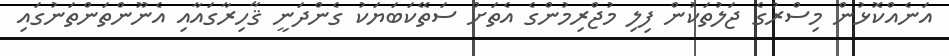
އަނެއްކޮޅުން މިސްރުގެ ޖަލުތަކުން ފިލި މުޖްރިމުންގެ އެތަށް ސަތޭކަބަޔަކު ގެންދަނީ ޤާހިރާގައާއި އެނޫންތަންތަނުގައި